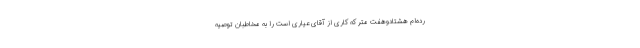
رده‌ام هشتادوهفت متر که کاری از آقای عیاری است را به مخاطبان توصیه